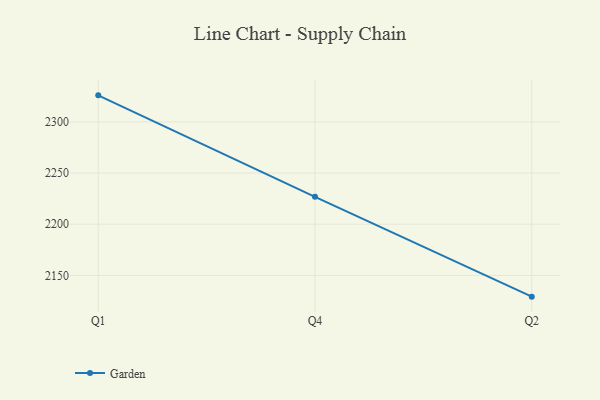
{"axis": {"x": "Quarter", "y": "Bounce Rate (%)"}, "legend": ["Garden"], "data": [{"x": "Q1", "y": 2325.9, "type": "Garden"}, {"x": "Q4", "y": 2226.7, "type": "Garden"}, {"x": "Q2", "y": 2129.2, "type": "Garden"}]}